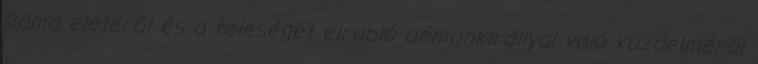
Ráma életéről és a feleségét elrabló démonkirállyal való küzdelméről